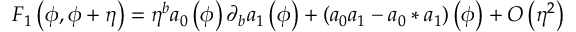
F _ { 1 } \left( \phi , \phi + \eta \right) = \eta ^ { b } a _ { 0 } \left( \phi \right) \partial _ { b } a _ { 1 } \left( \phi \right) + \left( a _ { 0 } a _ { 1 } - a _ { 0 } \ast a _ { 1 } \right) \left( \phi \right) + O \left( \eta ^ { 2 } \right)